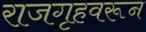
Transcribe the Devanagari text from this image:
राजगृहवरून